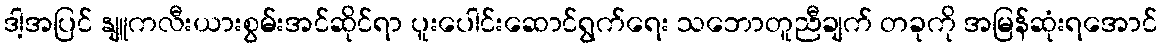
ဒါ့အပြင် နျူကလီးယားစွမ်းအင်ဆိုင်ရာ ပူးပေါင်းဆောင်ရွက်ရေး သဘောတူညီချက် တခုကို အမြန်ဆုံးရအောင်